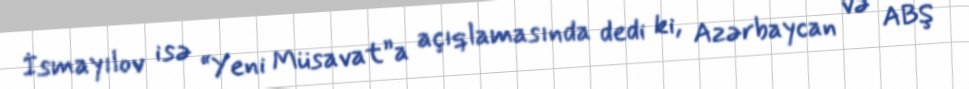
İsmayılov isə “Yeni Müsavat”a açıqlamasında dedi ki, Azərbaycan və ABŞ